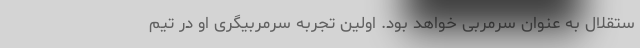
ستقلال به عنوان سرمربی خواهد بود. اولین تجربه سرمربیگری او در تیم